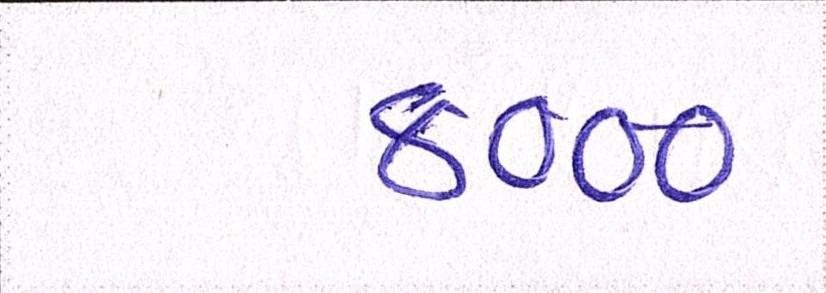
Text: ૪૦૦૦